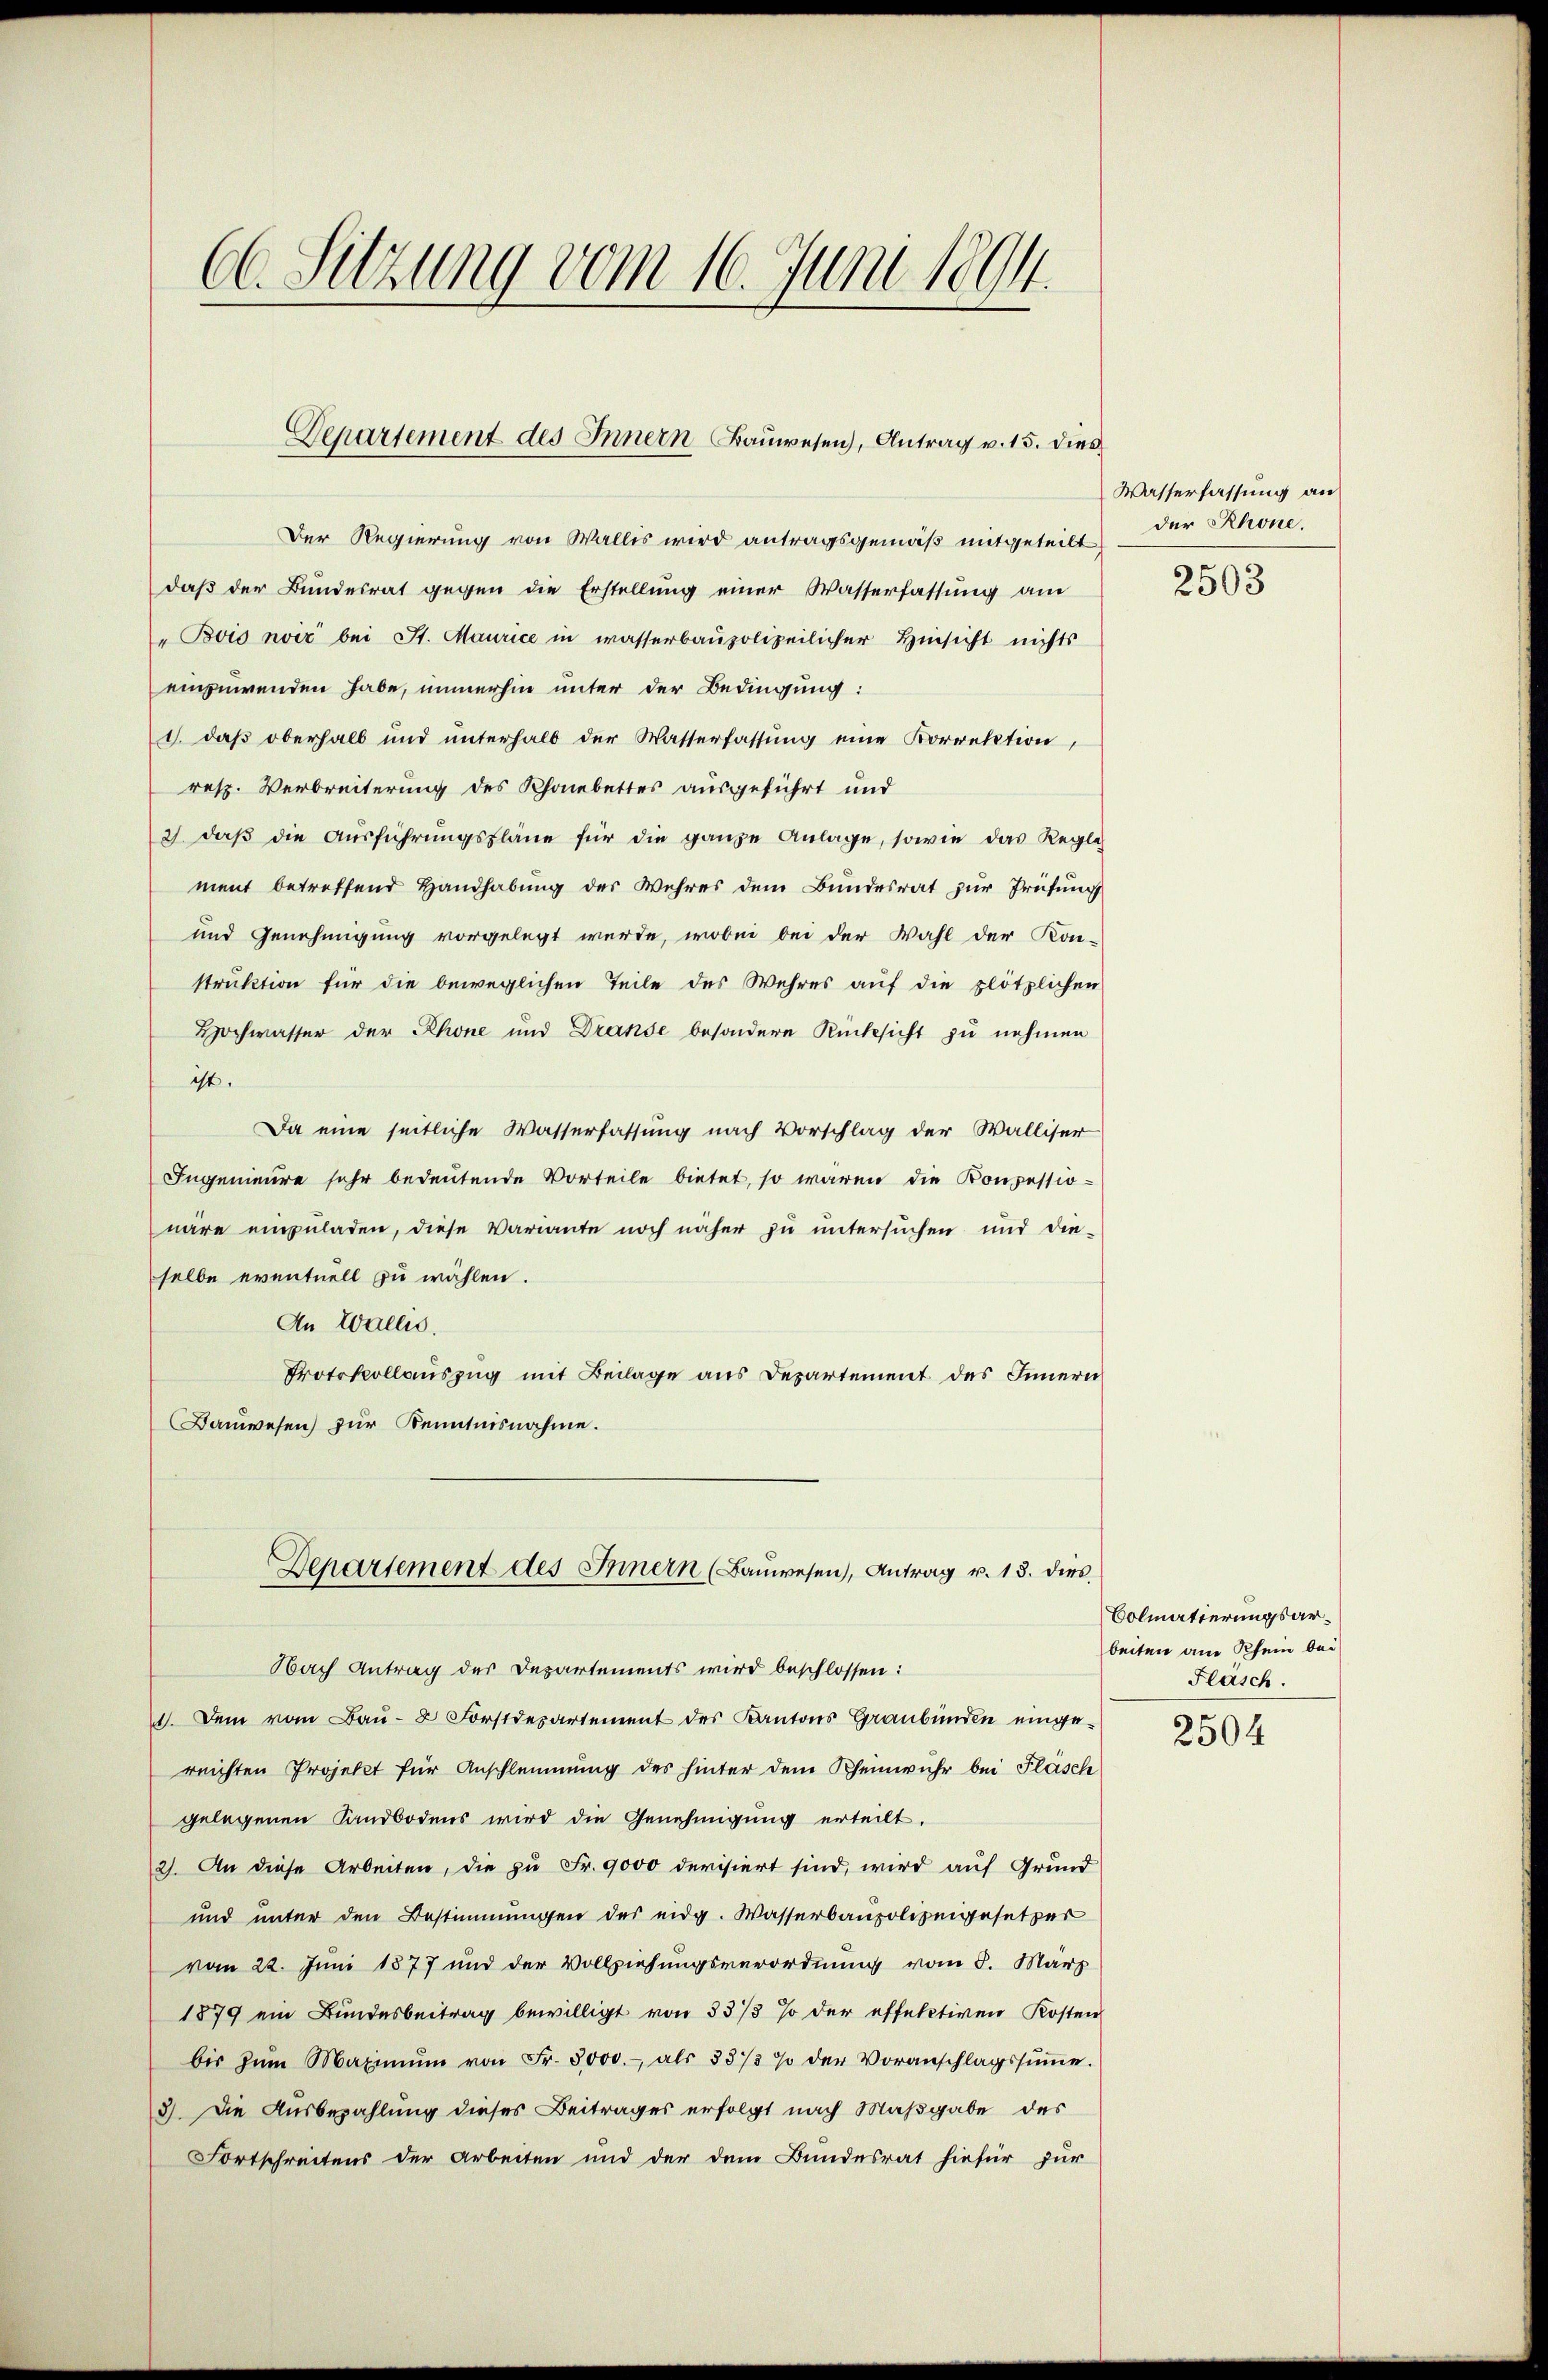
66. Sitzung vom 16. Juni 1894.

Departement des Innern Bauwesen, Antrag v. 15. dies

Der Regierung von Wallis wird antragsgemäß mitgeteilt,
daß der Bundesrat gegen die Erstellung einer Wasserfassung am
" Bois noir bei St. Maurice in wasserbaupolizeilicher Hinsicht nichts
einzuwenden habe, immerhin unter der Bedingung:
1. daß oberhalb und unterhalb der Wasserfassung eine Korrektion,
resp. Verbreiterung des Rhonebettes ausgeführt und
2) daß die Ausführungspläne für die ganze Anlage, sowie das Reglich
ment betreffend Handhabung der Wehres dem Bundesrat zur Prüfung
und Genehmigung vorgelegt werde, wobei bei der Wahl der Kon-
struktion für die beweglichen Teile des Wehres auf die plötzlichen
Hochwasser der Rhone und Dranse besondere Rücksicht zu nehmen
ist.
Da eine seitliche Wasserfassung nach Vorschlag der Walliser
Ingenieure sehr bedeutende Vorteile bietet, so waren die Konzessionäre einzuladen, diese Variante noch näher zu untersuchen und die-
selbe eventuell zu wählen.
An Wallis.
Protokollauszug mit Beilage aus Departement des Innern
Bauwesen) zur Kenntnisnahme.

Departement des Innern (Banwesen, Antrag u. 13. dies

Nach Antrag der Departements wird beschlossen:
. Dem vom Baŭ- 2 Forstdepartement des Kantons Graubünden eingereichten Projekt für Anschlemmung des hinter dem Rheinwuhr bei Fläsch
gelegenen Sandbodens wird die Genehmigung erteilt.
2). An diese Arbeiten, die zu Fr. 9000 devisiert sind, wird auf Grund
und unter den Bestimmungen des eidg. Wasserbaupolizeigesetzer
vom 22. Juni 1877 und der Vollziehungsverordnung vom 8. März
1879 ein Bundesbeitrag bewilligt von 33/3 % der effektiven Kosten
bis zŭm Maximŭm von Fr. 5000.- als 33/3 % der Voranschlagssŭṁe.
3). Die Ausbezahlung dieses Beitrages erfolgt nach Maßgabe des
Fortschreitens der Arbeiten und der dem Bundesrat hiefür zur

Wasserfassung an
der Rhone.

2503

Colmatierungsarbeiten am Rhein bei
Flasch.

2504